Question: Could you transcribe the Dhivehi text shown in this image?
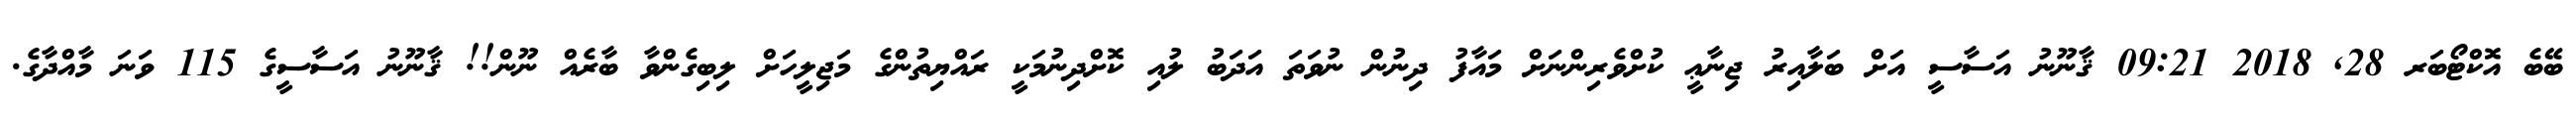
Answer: ބޭބެ އޮކްޓޯބަރ 28, 2018 09:21 ޤާނޫނު އަސާސީ އަށް ބަލާއިރު ޖިނާޢީ ކުށްވެރިންނަށް މައާފު ދިނުން ނުވަތަ އަދަބު ލުއި ކޮށްދިނުމަކީ ރައްޔިތުންގެ މަޖިލީހަށް ލިބިގެންވާ ބާރެއް ނޫން!! ޤާނޫނު އަސާސީގެ 115 ވަނަ މާއްދާގެ.